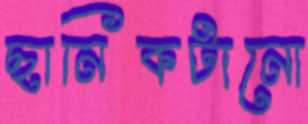
ছানিকটানো